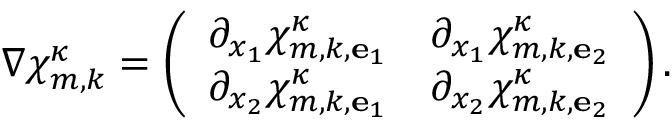
\nabla { \boldsymbol { \chi } } _ { m , k } ^ { \kappa } = \left( \begin{array} { l l } { \partial _ { x _ { 1 } } \chi _ { m , k , { \mathbf { e } } _ { 1 } } ^ { \kappa } } & { \partial _ { x _ { 1 } } \chi _ { m , k , { \mathbf { e } } _ { 2 } } ^ { \kappa } } \\ { \partial _ { x _ { 2 } } \chi _ { m , k , { \mathbf { e } } _ { 1 } } ^ { \kappa } } & { \partial _ { x _ { 2 } } \chi _ { m , k , { \mathbf { e } } _ { 2 } } ^ { \kappa } } \end{array} \right) .